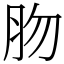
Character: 肳